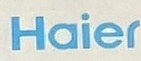
Haier